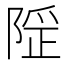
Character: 𨺾